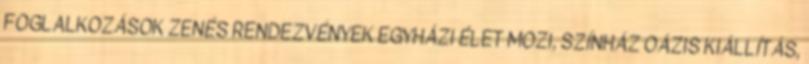
FOGLALKOZÁSOK ZENÉS RENDEZVÉNYEK EGYHÁZI ÉLET MOZI, SZÍNHÁZ OÁZIS KIÁLLÍTÁS,